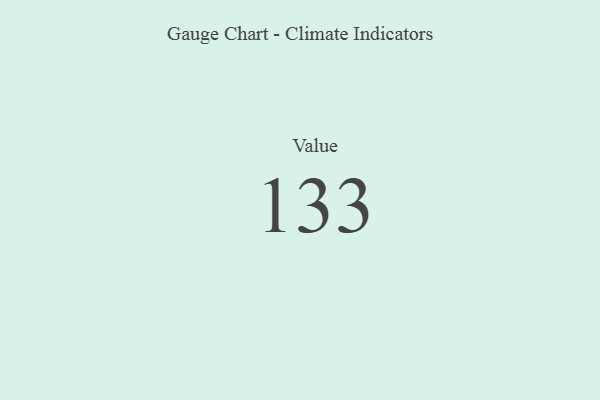
{"axis": {"x": "Metric", "y": "Value"}, "legend": [""], "data": [{"x": "Value", "y": 133, "type": ""}]}